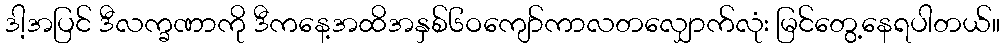
ဒါ့အပြင် ဒီလက္ခဏာကို ဒီကနေ့အထိအနှစ်၆ဝကျော်ကာလတလျှောက်လုံး မြင်တွေ့နေရပါတယ်။